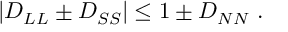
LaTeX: | D _ { L L } \pm D _ { S S } | \leq 1 \pm D _ { N N } \; .